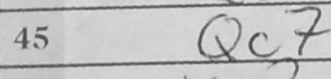
Transcription: Qc7